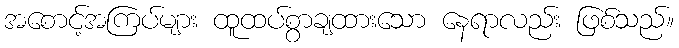
အစောင့်အကြပ်များ ထူထပ်စွာချထားသော နေရာလည်း ဖြစ်သည်။